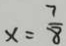
x = \frac { 7 } { 8 }